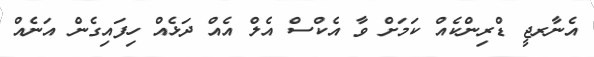
އެނާރޖީ ޑްރިންކެއް ކަމަށް ވާ އެކްސް އެލް އެއް ދަޅެއް ހިފައިގެން އަނެއް